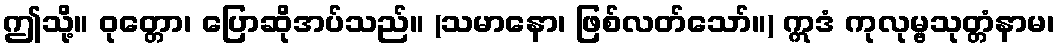
ဤသို့။ ဝုတ္တော၊ ပြောဆိုအပ်သည်။ (သမာနော၊ ဖြစ်လတ်သော်။) ဣဒံ ကုလုမ္ဗသုတ္တံနာမ၊